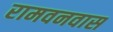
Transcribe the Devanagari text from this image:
रामवनवास